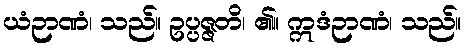
ယံဉာဏံ၊ သည်။ ဥပ္ပဇ္ဇတိ၊ ၏။ ဣဒံဉာဏံ၊ သည်။